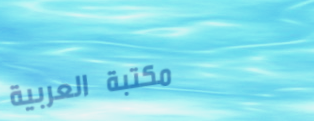
مكتبة العربية